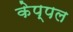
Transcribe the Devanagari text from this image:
केप्पल